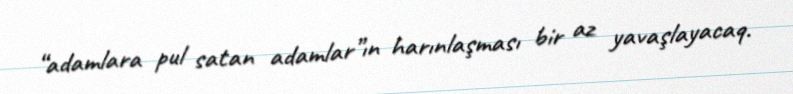
“adamlara pul satan adamlar”ın harınlaşması bir az yavaşlayacaq.